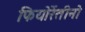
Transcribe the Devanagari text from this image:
फियोरेंतीनो